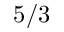
5 / 3